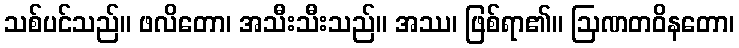
သစ်ပင်သည်။ ဖလိတော၊ အသီးသီးသည်။ အဿ၊ ဖြစ်ရာ၏။ ဩဏတဝိနတော၊